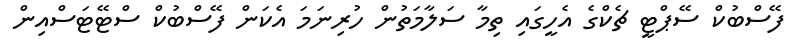
ފޭސްބުކް ސޭޕްޓީ ޗެކްގެ އެހީގައި ތިމާ ސަލާމަތުން ހުރިނަމަ އެކަން ފޭސްބުކް ސްޓޭޓަސްއިން